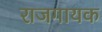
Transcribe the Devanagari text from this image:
राजगायक